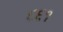
૬૬૧